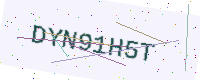
Text: DYN91H5T